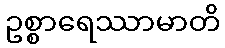
ဥစ္စာရေဿာမာတိ